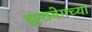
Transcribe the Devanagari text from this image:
झुराबेगच्या